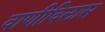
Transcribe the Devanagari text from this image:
वाणीविलास